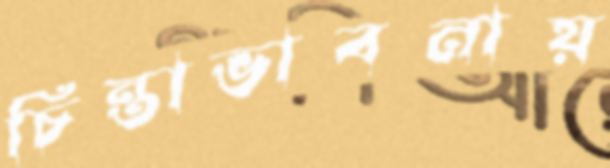
চিন্তাভাবনায়